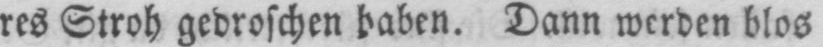
res Stroh gedroschen haben. Dann werden blos